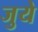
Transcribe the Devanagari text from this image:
जुये